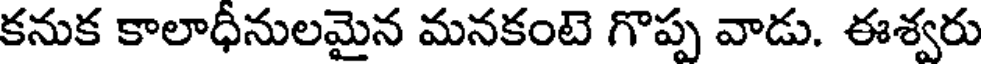
కనుక కాలాధీనులమైన మనకంటె గొప్ప వాడు. ఈశ్వరు